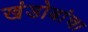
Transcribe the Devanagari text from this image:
खंडोबांचा